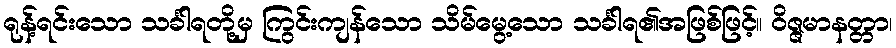
ရုန့်ရင်းသော သင်္ခါရတို့မှ ကြွင်းကျန်သော သိမ်မွေ့သော သင်္ခါရ၏အဖြစ်ဖြင့်။ ဝိဇ္ဇမာနတ္တာ၊